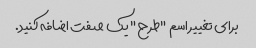
برای تغییر اسم "طرح" یک صفت اضافه کنید.